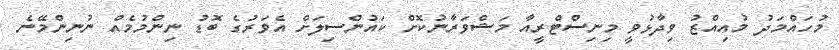
މުހައްމަދު މުއިއްޒު ވިދާޅުވީ މިނިސްޓްރީއާ މަޝްވަރާނުކޮށް ކައުންސިލަށް އެވަރުގެ ބޮޑު ނިންމުމެއް ނުނިންމޭނެ